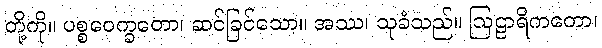
တို့ကို။ ပစ္စဝေက္ခတော၊ ဆင်ခြင်သော။ အဿ၊ သုခံသည်။ ဩဠာရိကတော၊